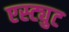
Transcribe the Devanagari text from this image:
एस्ट्युट